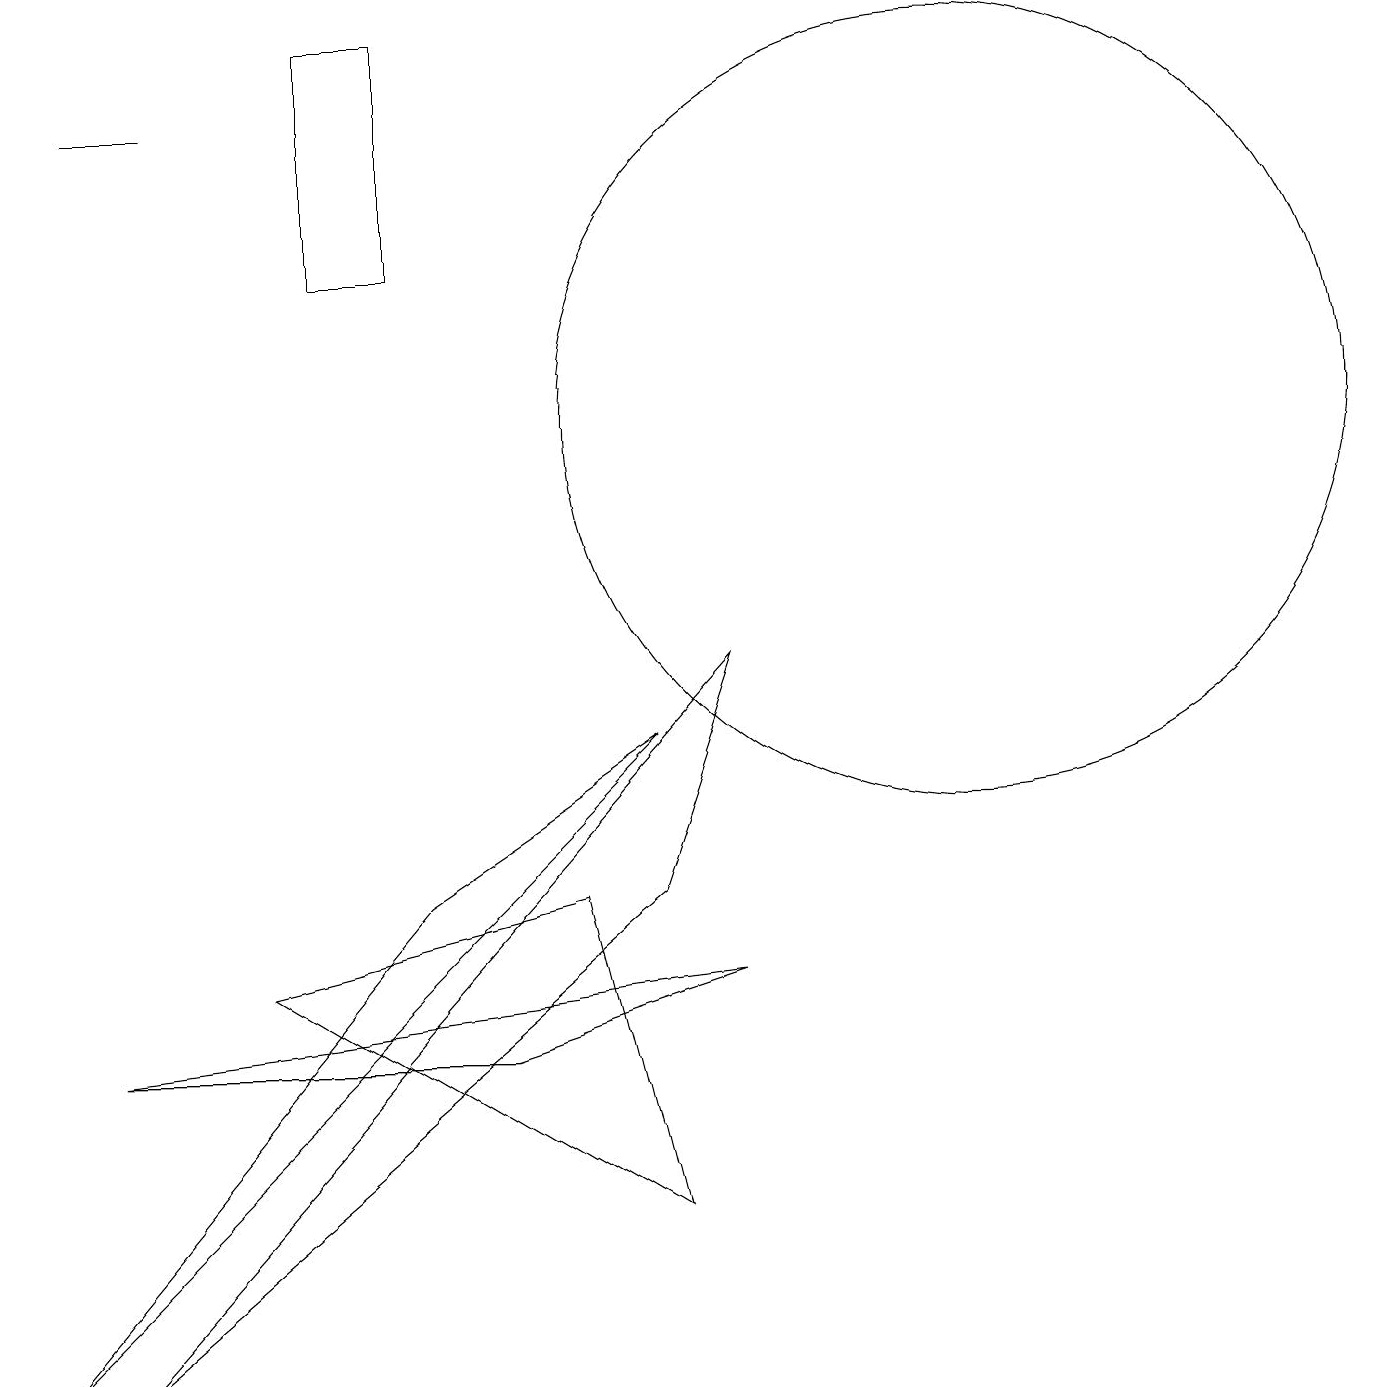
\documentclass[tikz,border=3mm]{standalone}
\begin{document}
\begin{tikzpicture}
\draw (8,6) -- (1,0) -- (9,9) -- cycle;
\draw (6,4) -- (9,5) -- (1,4) -- cycle;
\draw (1,16) rectangle (2,16);
\draw (3,5) -- (7,6) -- (8,2) -- cycle;
\draw (5,6) -- (8,8) -- (0,0) -- cycle;
\draw (4,14) rectangle (5,17);
\draw (12,12) circle (5);
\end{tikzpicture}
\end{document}